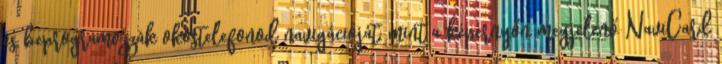
és beprogramozzák okostelefonod navigációját, mint a képernyőn megjelenő NaviCard